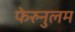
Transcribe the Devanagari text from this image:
फेरुनुलम